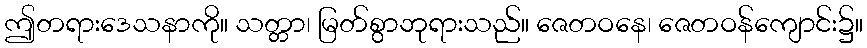
ဤတရားဒေသနာကို။ သတ္တာ၊ မြတ်စွာဘုရားသည်။ ဇေတဝနေ၊ ဇေတဝန်ကျောင်း၌။